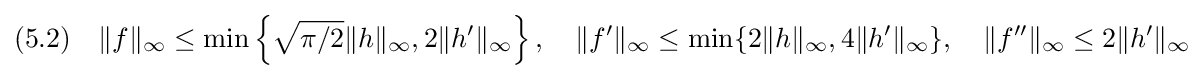
(5.2)\quad \|f\|_{\infty }\leq \min \left\{{\sqrt {\pi /2}}\|h\|_{\infty },2\|h'\|_{\infty }\right\},\quad \|f'\|_{\infty }\leq \min\{2\|h\|_{\infty },4\|h'\|_{\infty }\},\quad \|f''\|_{\infty }\leq 2\|h'\|_{\infty }